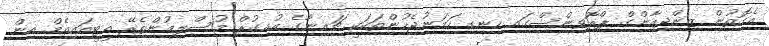
އެގޮތުން ޒިންޖިއާންގް ޕްރޮވިންސްގައި ހިނގި ހަމަނުޖެހުންތަކަކީ ޗައިނާގެ އުއިގުރް މުސްލިމުންތެެރޭ އީޓީއައިއެމް އިން